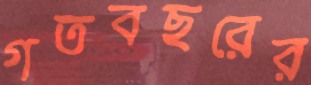
গতবছরের